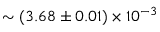
\sim ( 3 . 6 8 \pm 0 . 0 1 ) \times 1 0 ^ { - 3 }